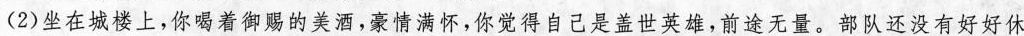
(2)坐在城楼上，你喝着御赐的美酒，豪情满怀，你觉得自己是盖世英雄，前途无量。部队还没有好好休